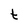
Character: t